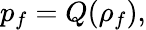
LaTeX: p_{f}=Q(\rho_{f}),